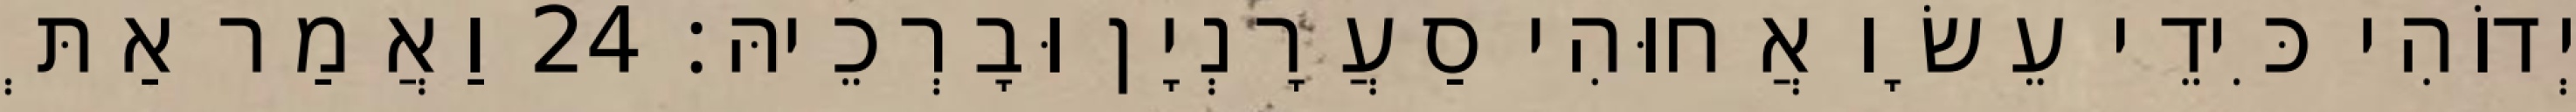
יְדוֹהִי כִּידֵי עֵשָׂו אֲחוּהִי סַעֲרָנְיָן וּבָרְכֵיהּ׃ 24 וַאֲמַר אַתְּ